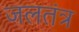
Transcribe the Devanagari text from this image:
जलतंत्र